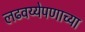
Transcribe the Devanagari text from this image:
लढवय्येपणाच्या